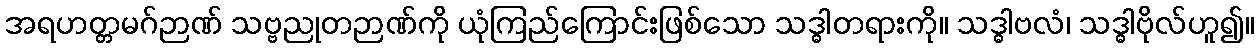
အရဟတ္တမဂ်ဉာဏ် သဗ္ဗညုတဉာဏ်ကို ယုံကြည်ကြောင်းဖြစ်သော သဒ္ဓါတရားကို။ သဒ္ဓါဗလံ၊ သဒ္ဓါဗိုလ်ဟူ၍။